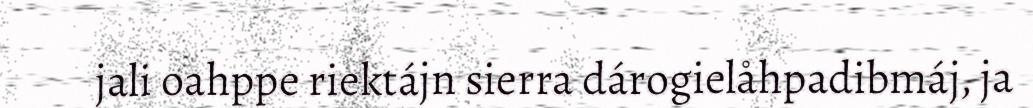
jali oahppe riektájn sierra dárogielåhpadibmáj, ja